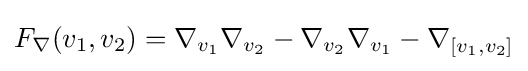
F_{\nabla }(v_{1},v_{2})=\nabla _{v_{1}}\nabla _{v_{2}}-\nabla _{v_{2}}\nabla _{v_{1}}-\nabla _{[v_{1},v_{2}]}